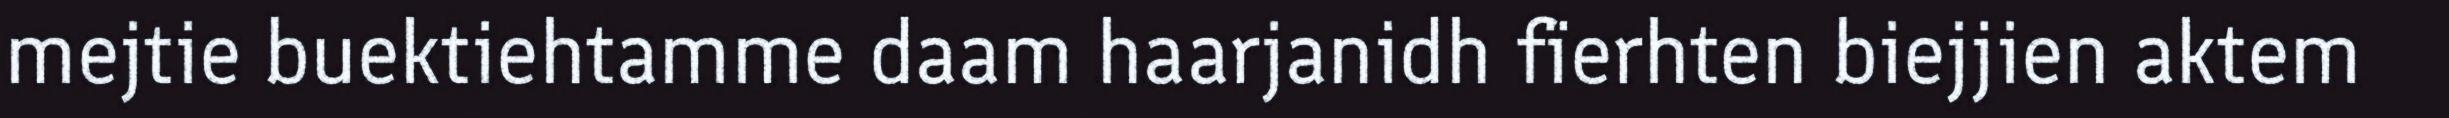
mejtie buektiehtamme daam haarjanidh fïerhten biejjien aktem